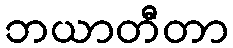
ဘယာတီတာ